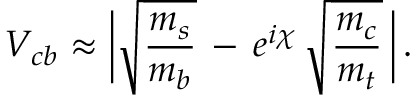
V _ { c b } \approx \bigg | \sqrt { \frac { m _ { s } } { m _ { b } } } \, - \, e ^ { i \chi } \, \sqrt { \frac { m _ { c } } { m _ { t } } } \, \bigg | \, .